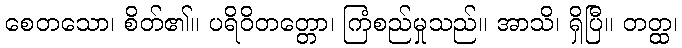
စေတသော၊ စိတ်၏။ ပရိဝိတတ္တော၊ ကြံစည်မှုသည်။ အာသိ၊ ရှိပြီ။ တတ္ထ၊